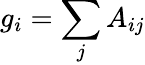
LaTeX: g_{i}=\sum_{j}A_{ij}